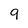
Character: 9